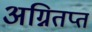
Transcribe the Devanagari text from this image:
अग्नितप्त